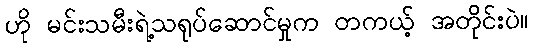
ဟို မင်းသမီးရဲ့သရုပ်ဆောင်မှုက တကယ့် အတိုင်းပဲ။